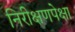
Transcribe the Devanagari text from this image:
निरीक्षणपेक्षा